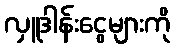
လှူဒါန်းငွေများကို